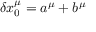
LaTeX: \delta x _ { 0 } ^ { \mu } = a ^ { \mu } + b ^ { \mu }